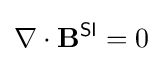
\nabla \cdot \mathbf {B} ^{\textsf {SI}}=0